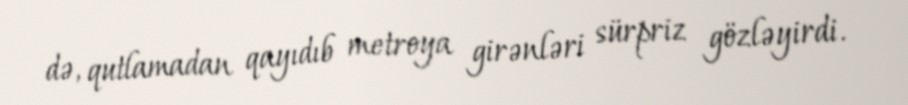
də, qutlamadan qayıdıb metroya girənləri sürpriz gözləyirdi.